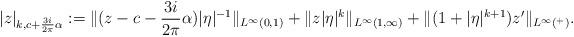
LaTeX: \begin{align*}|z|_{k,c+\frac{3i}{2\pi}\alpha} :=\|(z-c-\frac{3i}{2\pi}\alpha)|\eta|^{-1}\|_{L^{\infty}(0,1)} + \|z|\eta|^k\|_{L^{\infty}(1,\infty)} +\|(1+|\eta|^{k+1})z'\|_{L^{\infty}(\real^+)}.\end{align*}